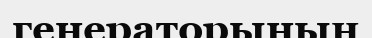
генераторының